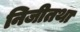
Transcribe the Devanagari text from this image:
निजीतथा